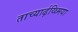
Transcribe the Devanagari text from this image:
ताच्यार्ढ़य्थ्मिया